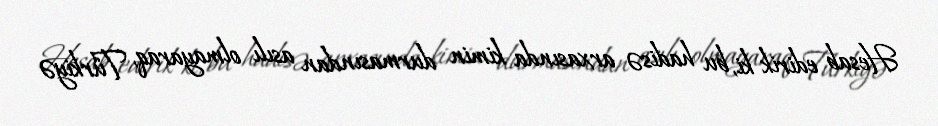
Hesab edirik ki, bu hadisə arxasında kimin durmasından asılı olmayaraq, Türkiyə